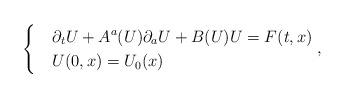
LaTeX: \begin{align*} \begin{cases} & \displaystyle{\partial_t U + A^a(U)\partial_a U + B(U)U = F(t,x)}\\ & U(0,x)=U_0(x) \end{cases},\end{align*}